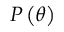
{ \cal P } \left( \theta \right)